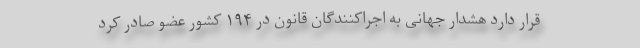
قرار دارد هشدار جهانی به اجراکنندگان قانون در ۱۹۴ کشور عضو صادر کرد